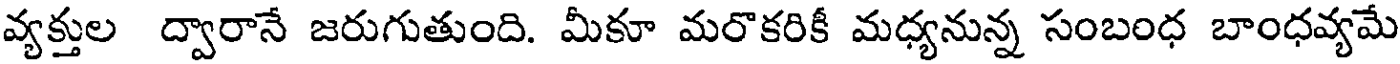
వ్యక్తుల ద్వారానే జరుగుతుంది. మీకూ మరొకరికీ మధ్యనున్న సంబంధ బాంధవ్యమే